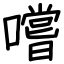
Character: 嚐